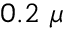
0 . 2 ~ \mu